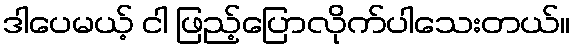
ဒါပေမယ့် ငါ ဖြည့်ပြောလိုက်ပါသေးတယ်။